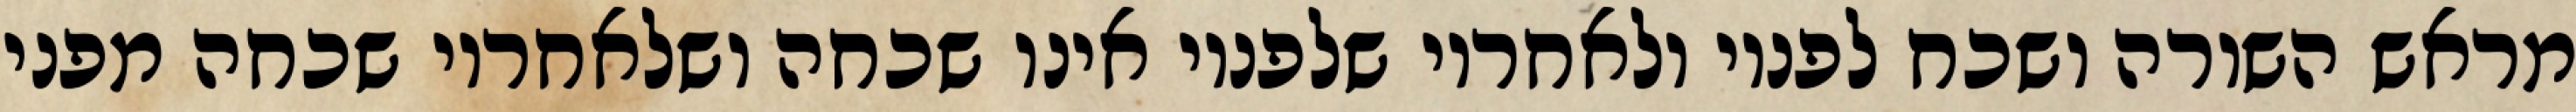
מראש השורה ושכח לפניו ולאחריו שלפניו אינו שכחה ושלאחריו שכחה מפני